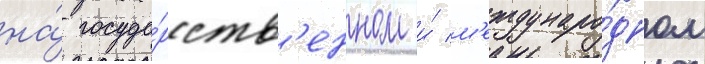
на́ госуда́рств'енном и́ м'еждунаро́дном